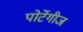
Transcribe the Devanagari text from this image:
पोर्टेगीज